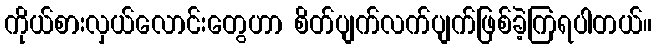
ကိုယ်စားလှယ်လောင်းတွေဟာ စိတ်ပျက်လက်ပျက်ဖြစ်ခဲ့ကြရပါတယ်။